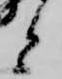
と